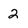
Character: 2